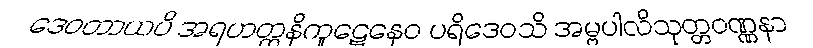
ဒေဝတာယပိ အရဟတ္တနိကူဋေနေဝ ပရိဒေဝသိ အမ္ဗပါလိသုတ္တဝဏ္ဏနာ